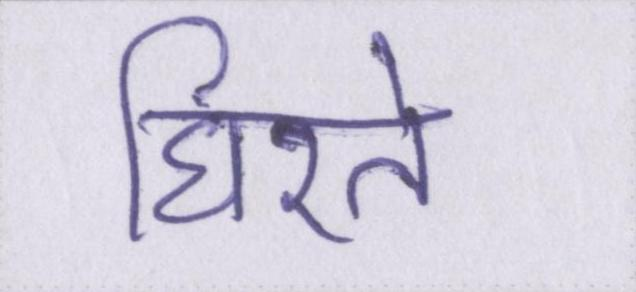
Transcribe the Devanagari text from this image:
घिरते